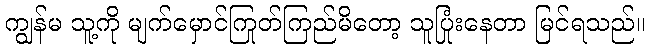
ကျွန်မ သူ့ကို မျက်မှောင်ကြုတ်ကြည်မိတော့ သူပြုံးနေတာ မြင်ရသည်။